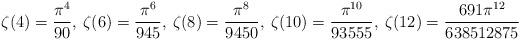
LaTeX: \begin{align*}\zeta(4)=\frac{\pi^{4}}{90},\:\zeta(6)=\frac{\pi^{6}}{945},\:\zeta(8)=\frac{\pi^{8}}{9450},\:\zeta(10)=\frac{\pi^{10}}{93555},\:\zeta(12)=\frac{691\pi^{12}}{638512875}\end{align*}